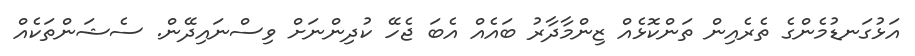
އަޅުގަނޑުމެންގެ ތެރެއިން ތަންކޮޅެއް ޒިންމާދާރު ބައެއް އެބަ ޖެހޭ ކުދިންނަށް ވިސްނައިދޭން. ސެޝަންތަކެއް